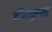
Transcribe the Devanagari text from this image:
बेंगकुलु